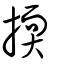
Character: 㨎